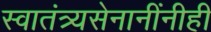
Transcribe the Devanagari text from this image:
स्वातंत्र्यसेनानींनीही